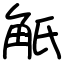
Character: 觗